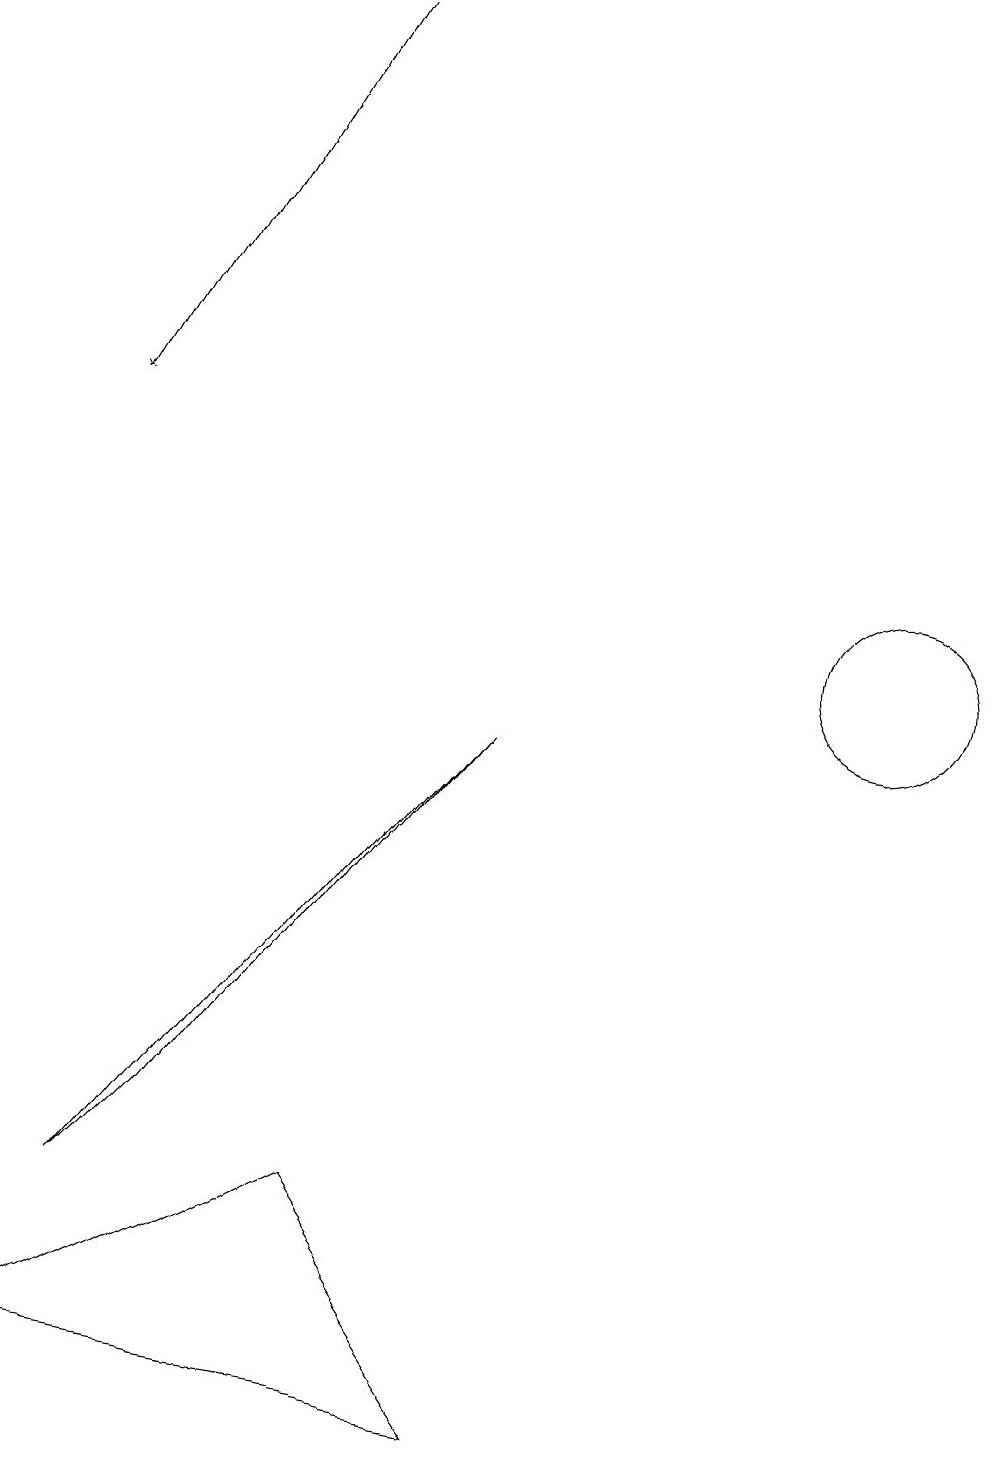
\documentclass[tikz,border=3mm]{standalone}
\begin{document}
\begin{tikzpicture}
\draw (1,3) -- (2,4) -- (6,9) -- cycle;
\draw (11,11) circle (0);
\draw (11,10) circle (1);
\draw[->] (4,18) -- (1,13);
\draw (6,0) -- (4,3) -- (0,1) -- cycle;
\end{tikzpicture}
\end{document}